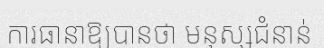
ការធានាឱ្យបានថា មនុស្សជំនាន់